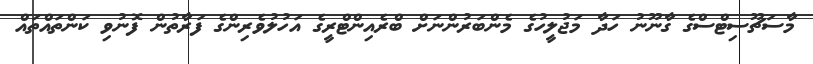
މާސަޗޫސިޓްސްގެ ގާނޫނު ހަދާ މަޖުލީހުގެ މެންބަރުންނަށް ބްރެއިންޓްރީގެ އަހުލުވެރިންގެ ފަރާތުން ފޮނުވި ކަންތައްތައް